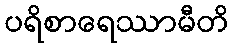
ပရိစာရေဿာမီတိ